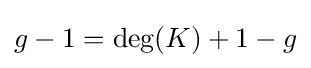
g-1=\deg(K)+1-g